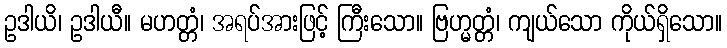
ဥဒါယိ၊ ဥဒါယီ။ မဟတ္တံ၊ အရပ်အားဖြင့် ကြီးသော။ ဗြဟ္မတ္တံ၊ ကျယ်သော ကိုယ်ရှိသော။